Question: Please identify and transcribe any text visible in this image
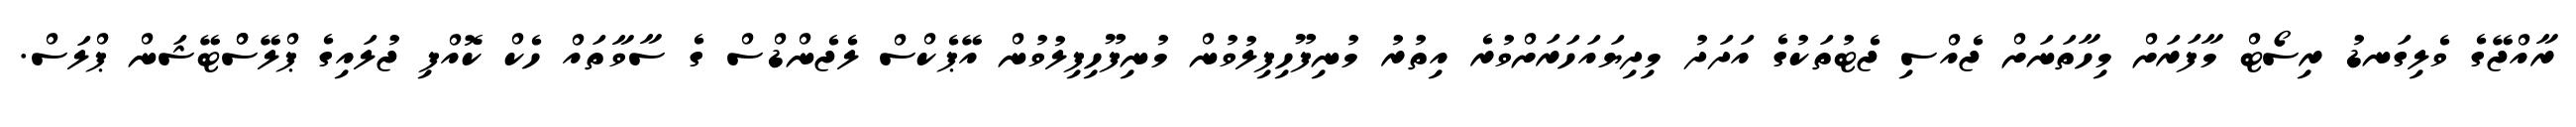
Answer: ރާއްޖޭގެ ވެލިގަނޑު ރިސޯޓް މާފަރަށް މިހާތަނަށް ޖެއްސި ޖެޓުތަކުގެ އަދަދު މިދިޔައަހަރަށްވުރެ އިތުރު މުނިފޫހިފިލުވުން މުނިފޫހިފިލުވުން އޭޕެކްސް ލެޖެންޑްސް ގެ ސާވާތައް ހެކް ކޮއްފި ޖުލައިގެ ޕްލޭސްްޓޭޝަން ޕްލަސް.